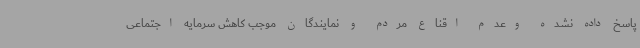
پاسخ داده نشده وعدم اقناع مردم و نمایندگان موجب کاهش سرمایه اجتماعی